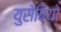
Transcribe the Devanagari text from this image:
युसेबियो